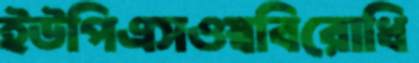
ইউপিএসওস্ববিরোধি